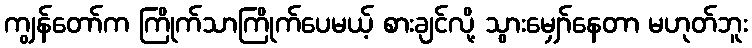
ကျွန်တော်က ကြိုက်သာကြိုက်ပေမယ့် စားချင်လို့ သွားမျှော်နေတာ မဟုတ်ဘူး